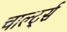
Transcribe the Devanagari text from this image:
चार्ल्ट्स